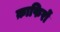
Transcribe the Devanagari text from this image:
क़ाफिरों